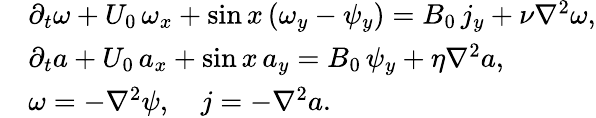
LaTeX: \begin{array}{rl}&{\partial_{t}\omega+U_{0}\, \omega_{x}+\sin x\, (\omega_{y}-\psi_{y})=B_{0}\, j_{y}+\nu\nabla^{2}\omega,}\\ &{\partial_{t}a+U_{0}\, a_{x}+\sin x\, a_{y}=B_{0}\, \psi_{y}+\eta\nabla^{2}a,}\\ &{\omega=-\nabla^{2}\psi,\quad j=-\nabla^{2}a.}\end{array}